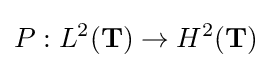
P:L^{2}(\mathbf {T} )\to H^{2}(\mathbf {T} )